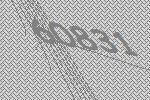
60831